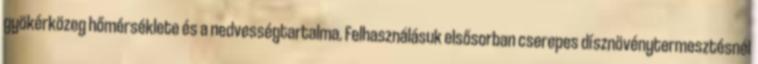
gyökérközeg hőmérséklete és a nedvességtartalma. Felhasználásuk elsősorban cserepes dísznövénytermesztésnél